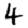
Digit: 4